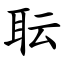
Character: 耺